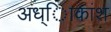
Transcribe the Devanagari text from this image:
अध्ािकांश